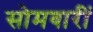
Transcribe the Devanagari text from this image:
सोमवारीं